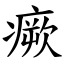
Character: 瘚